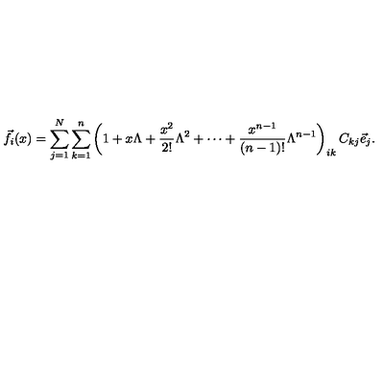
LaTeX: { \vec { f } } _ { i } ( x ) = \sum _ { j = 1 } ^ { N } \sum _ { k = 1 } ^ { n } \left( 1 + x \Lambda + \frac { x ^ { 2 } } { 2 ! } \Lambda ^ { 2 } + \cdots + \frac { x ^ { n - 1 } } { ( n - 1 ) ! } \Lambda ^ { n - 1 } \right) _ { i k } C _ { k j } { \vec { e } } _ { j } .